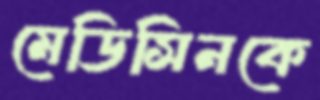
মেডিসিনকে